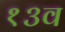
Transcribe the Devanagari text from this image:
१३व